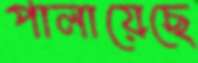
পালায়েছে